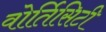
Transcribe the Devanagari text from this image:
वोर्तिसिटी